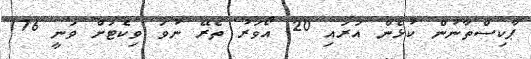
ޕާކިސްތާނުން ކުޅެން އަރައި 20 އޯވަރު ތެރޭ ނުވަ ވިކެޓަށް ވަނީ 176